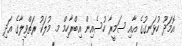
އޮމަދޫ ހުޅަނގުގެ އާއި ސަމީރާ ހުސެއިން އިބްރާހިމް މ. މުލަކު ރަތްވިލާގެ އަދި